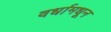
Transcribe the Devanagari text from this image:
वर्धामधून